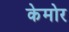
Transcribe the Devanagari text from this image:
केमोर